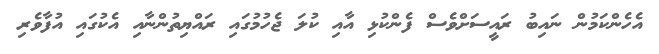
އެހެންކަމުން ނައިބު ރައީސަށްވެސް ފެންކުޅި އާއި ކުލަ ޖެހުމުގައި ރައްޔިތުންނާއި އެކުގައި އުފާވެރި